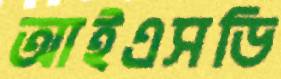
আইএসডি